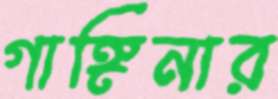
গাঙ্গিনার